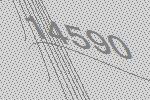
14590